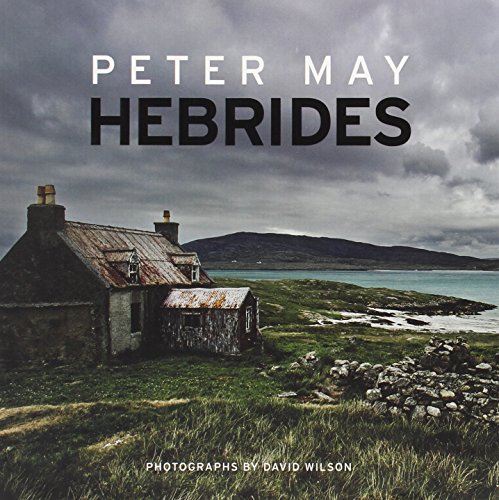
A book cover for Hebrides; Peter May; Travel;